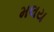
મલય